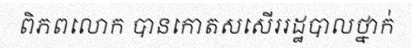
ពិភពលោក បានកោតសសើររដ្ឋបាលថ្នាក់